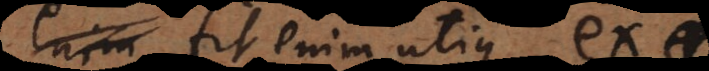
bc. Fit enim utique ex